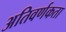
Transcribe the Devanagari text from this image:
अतिवर्णकता